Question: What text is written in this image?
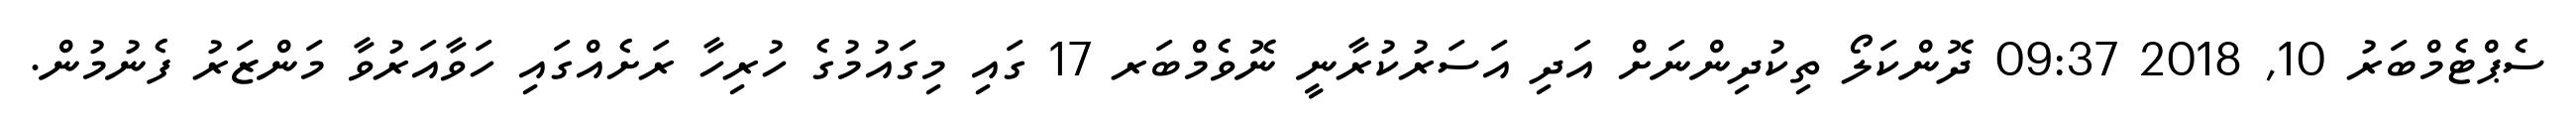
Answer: ސެޕްޓެމްބަރު 10, 2018 09:37 ދޮންކަލޯ ތިކުދިންނަށް އަދި އަސަރުކުރާނީ ނޮވެމްބަރ 17 ގައި މިގައުމުގެ ހުރިހާ ރަށެއްގައި ހަވާއަރުވާ މަންޒަރު ފެނުމުން.